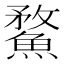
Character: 䱯